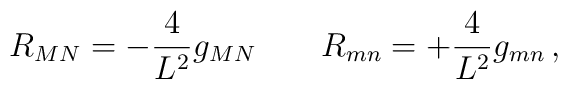
{  R_{MN} = - \frac{4}{L^2} g_{MN} \qquad R_{mn} = + \frac{4}{L^2} g_{mn} \, ,}